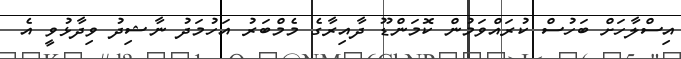
އިސްލާހަށް ބަހުސް ކުރައްވަމުން ކޮމަންޑޫ ދާއިރާގެ މެމްބަރު އަހުމަދު ނާޝިދު ވިދާޅުވީ އެ